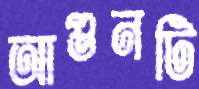
আগুনটি